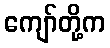
ကျော်တို့က